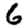
Digit: 6